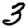
Digit: 3